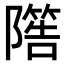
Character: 𨼵